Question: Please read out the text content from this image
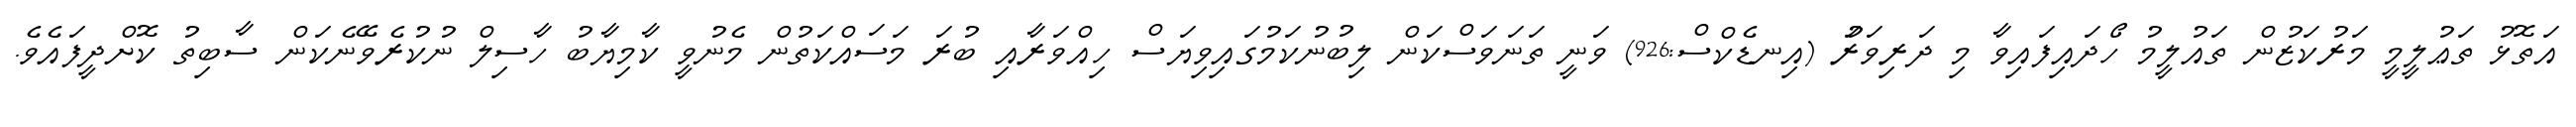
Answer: އަތޮޅު ތަޢުލީމީ މަރުކަޒުން ތައުލީމު ހޯދައިފައިވާ މި ދަރިވަރަު (އިނޑެކްސް:926) ވަނީ ތަނަވަސްކަން ލިބުނުކަމުގައިވިޔަސް ހިއްވަރާއި ބުރަ މަސައްކަތުން މެނުވީ ކާމިޔާބު ހާސިލް ނުކުރެވޭނެކަން ސާބިތު ކޮށްދީފައެވެ.